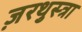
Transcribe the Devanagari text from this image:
ज़रथुस्त्रा